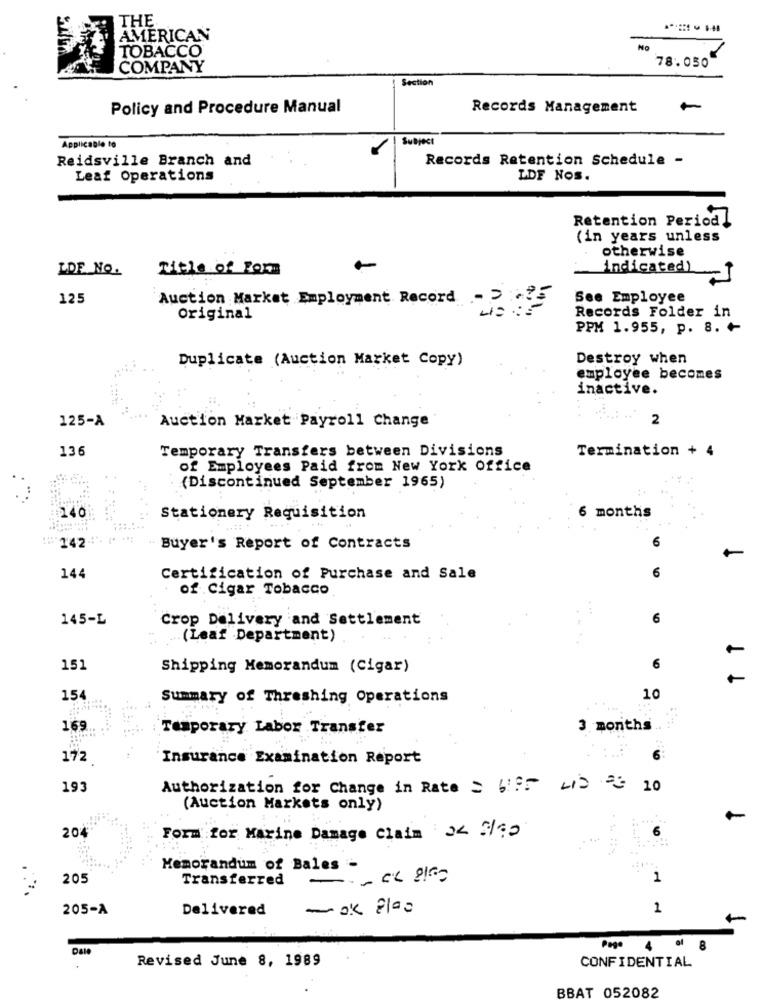
THE
AMERICAN
TOBACCO®
No
COMPANY
78.050
Section
Policy and Procedure Manual
Records Management
Subject
Applicable to
Reidsville Branch and
Records Retention Schedule -
Leaf Operations
LDF Nos.
Retention Period!
(in years unless
otherwise
LDE NO.
Title of Form
-
indicated)
125
Auction Market Employment Record
See Employee
Records Folder in
Original
PPM 1.955, p. 8. +
Duplicate (Auction Market Copy)
Destroy when
employee becomes
inactive.
125-A
2
Auction Market Payroll Change
136
Temporary Transfers between Divisions
Termination + 4
of Employees Paid from New York Office
(Discontinued September 1965)
140
6 months
Stationery Requisition
6
142"
Buyer's Report of Contracts
144
Certification of Purchase and Sale
6
of Cigar Tobacco
145-L
Crop Delivery and Settlement
6
(Leaf Department)
1 T
-
151
Shipping Memorandum (Cigar)
6
154
Summary of Threshing Operations
10
169
Temporary Labor Transfer
3 months
172
Insurance Examination Report
193
Authorization for Change in Rate = 695 LD 2 10
(Auction Markets only)
204
6
Form for Marine Damage Claim >< 5/90
Memorandum of Bales -
205
Transferred
1
205-A
Delivered
- ok 8100
1
Date
Revised June 8, 1989
CONFIDENTIAL
BBAT 052082